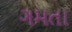
ગમતા